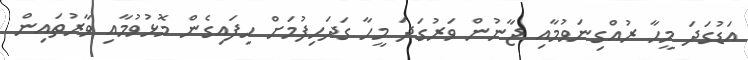
އަޑުގަދަ މީހާ ރުއްގިނަވުމާއި ޖާނުން ވަރުގަދަ މީހާ ގަދަހިފުމަށް ހިފައިގެން މޮޅުވުމާއި ވާރުތައިން